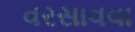
વરસાવવા